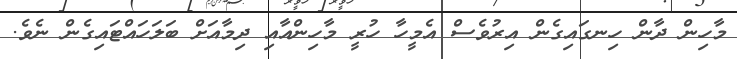
މާހިން ދާން ހިނގައިގެން އިރުވެސް އެމީހާ ހުރީ މާހިންއާއި ދިމާއަށް ބަލަހައްޓައިގެން ނެވެ.